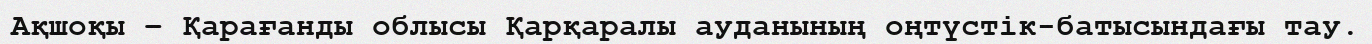
Ақшоқы – Қарағанды облысы Қарқаралы ауданының оңтүстік-батысындағы тау.